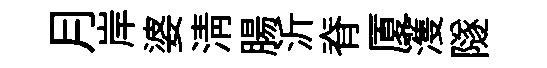
月岸婆清腸沂脊厦濩隧